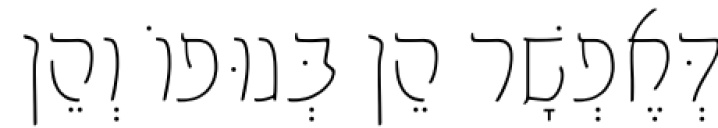
דְּאֶפְשָׁר הֵן בְּגוּפוֹ וְהֵן